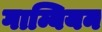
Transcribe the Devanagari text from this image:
गाम्बियन